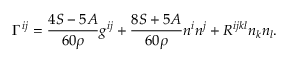
\Gamma ^ { i j } = \frac { 4 S - 5 A } { 6 0 \rho } g ^ { i j } + \frac { 8 S + 5 A } { 6 0 \rho } n ^ { i } n ^ { j } + R ^ { i j k l } n _ { k } n _ { l } .